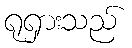
ရုရှားသည်